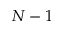
N - 1